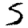
Digit: 5